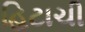
હિટાચી